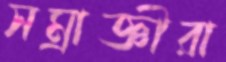
সম্রাজ্ঞীরা